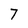
Character: 7